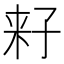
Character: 𱙻